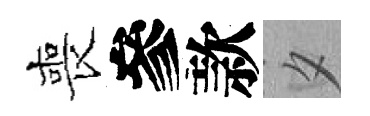
喪參款夕